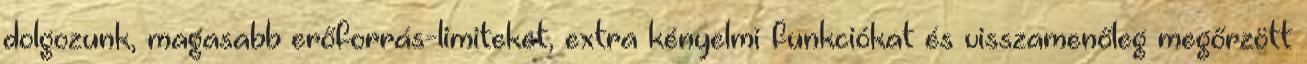
dolgozunk, magasabb erőforrás-limiteket, extra kényelmi funkciókat és visszamenőleg megőrzött